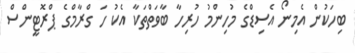
ބިހަކުން އެމިނޯ އެސިޑްގެ މުހިންމު ހުރިހާ ބާވަތްތަކާ އެކު ހަ ގްރާމްގެ ޕްރޮޓީންސް